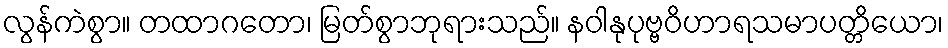
လွန်ကဲစွာ။ တထာဂတော၊ မြတ်စွာဘုရားသည်။ နဝါနုပုဗ္ဗဝိဟာရသမာပတ္တိယော၊